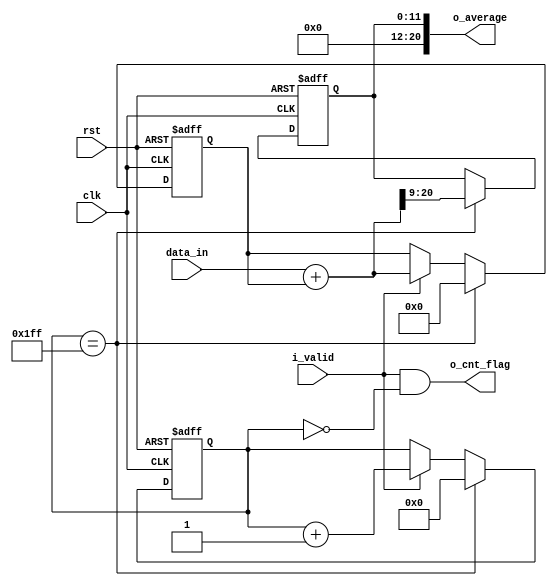
`timescale 1ns / 1ps
module Data_in_Average #
(
	parameter DATA_IN_WIDTH = 12,
	parameter SAMPLING_RATE = 512,
	parameter DATA_OUT_WIDTH = DATA_IN_WIDTH + $clog2(SAMPLING_RATE)
)

(
    input 							clk,
    input 							rst,
    input							i_valid,
    input	[DATA_OUT_WIDTH-1:0] 	data_in,
	output	[DATA_OUT_WIDTH-1:0]	o_average,
	output							o_cnt_flag
);
	
	/////// reg ////////
	reg			[$clog2(SAMPLING_RATE):0]					cnt_signal_i;
	reg			[DATA_IN_WIDTH-1:0]							r_average;
	
	reg			[DATA_OUT_WIDTH-1:0]						r_data_in_stx;
	reg														r_valid;
	wire		[DATA_OUT_WIDTH-1:0]						w_data_in_stx;

	// Cnt Gen
	always @(posedge clk or posedge rst)
	begin
		if (rst) begin
			cnt_signal_i 	<= 'd0	;
			r_data_in_stx	<= 'd0	;
		end else if (cnt_signal_i == SAMPLING_RATE-1) begin
			cnt_signal_i	<= 'd0	;
			r_data_in_stx	<= 'd0	;
		end else if (i_valid) begin
			cnt_signal_i	<= cnt_signal_i + 1;
			r_data_in_stx	<= w_data_in_stx;
		end
	end

	// Gen Data_in_Average_nd
	always @ (posedge clk or posedge rst) begin
		if (rst) begin
			r_valid					<=		1'b0;
		end else begin
			r_valid					<=		i_valid;

		end
	end

	// Data_in_Average
	always @(posedge clk or posedge rst) begin
		if (rst) begin
			 r_average			<=	'd0;
		end else if (cnt_signal_i == SAMPLING_RATE-1)	 begin
			 r_average			<=	w_data_in_stx[DATA_OUT_WIDTH-1 : $clog2(SAMPLING_RATE)];
		end
	end

	assign o_cnt_flag	= (i_valid == 1) && (cnt_signal_i == 0);
	assign w_data_in_stx = data_in + r_data_in_stx ;	
	assign o_average =  r_average;

endmodule